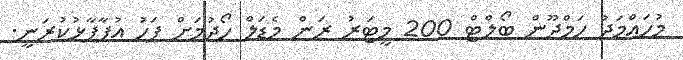
މުހައްމަދު ހަމްދޫން ބޯލްޓް 200 މީޓަރުު ރަން މެޑަލް ހޯދުމަށް ފަހު އުފާފާޅުކުރަނީ.